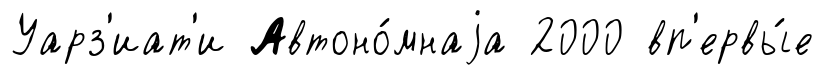
Уарз'иат'и Автоно́мнаjа 2000 вп'ервы́е